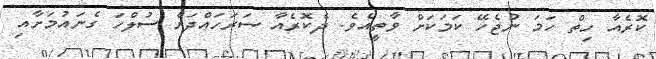
ކޮރެއާ ހިތް ހަަމަ ނުޖެހޭ ކަމަކަށް ވާތީއެވެ. ދެކޮރެއާ ސަރަހައްދަށް ސުލްހަ ގެނައުމަަށާއި